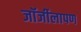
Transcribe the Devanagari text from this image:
जॉर्जीलापण